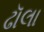
ઢૉલા